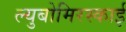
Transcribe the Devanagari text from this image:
ल्युबोमिरस्काई